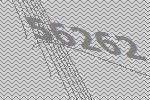
56262